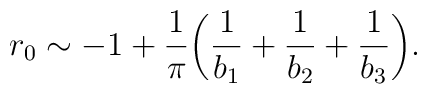
r_0\sim -1+\frac{1}{\pi}\biggl(\frac{1}{b_1}+\frac{1}{b_2}+\frac{1}{b_3}\biggr).